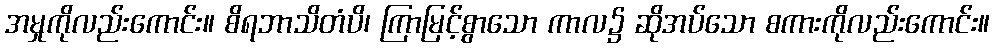
အမှုကိုလည်းကောင်း။ စိရဘာသိတံပိ၊ ကြာမြင့်စွာသော ကာလ၌ ဆိုအပ်သော စကားကိုလည်းကောင်း။